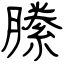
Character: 縢